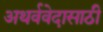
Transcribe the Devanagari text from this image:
अथर्ववेदासाठी